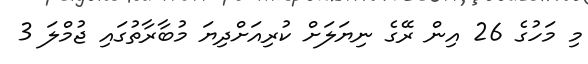
މި މަހުގެ 26 އިން ރޭގެ ނިޔަލަށް ކުރިއަށްދިޔަ މުބާރާތުގައި ޖުމްލަ 3